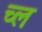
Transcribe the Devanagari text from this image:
च्ल